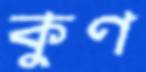
কুণ